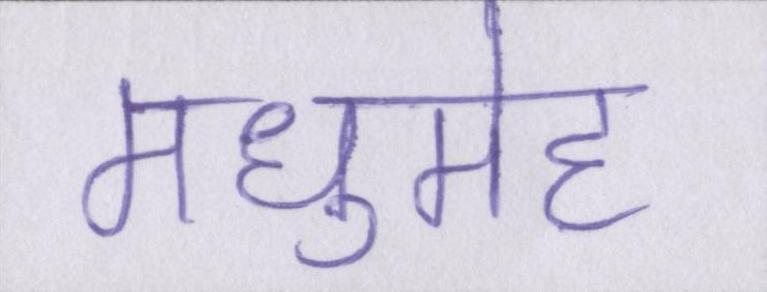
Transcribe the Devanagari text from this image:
मधुमेह